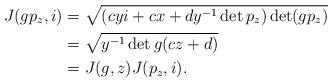
LaTeX: \begin{align*} J(gp_z,i)&=\sqrt{(cyi+cx+dy^{-1}\det p_z) \det (gp_z)}\\ &=\sqrt{y^{-1}\det g(cz+d)}\\ &=J(g,z)J(p_z,i). \end{align*}